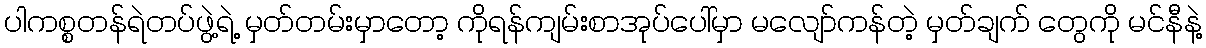
ပါကစ္စတန်ရဲတပ်ဖွဲ့ရဲ့ မှတ်တမ်းမှာတော့ ကိုရန်ကျမ်းစာအုပ်ပေါ်မှာ မလျော်ကန်တဲ့ မှတ်ချက် တွေကို မင်နီနဲ့